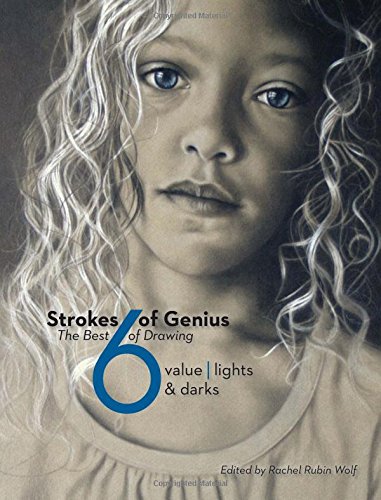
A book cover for Strokes Of Genius 6: Value - Lights & Darks (Strokes of Genius: The Best of Drawing); Arts & Photography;